Indian journal of veterinary science and animal husbandry - Volume 1,
Year: 1931
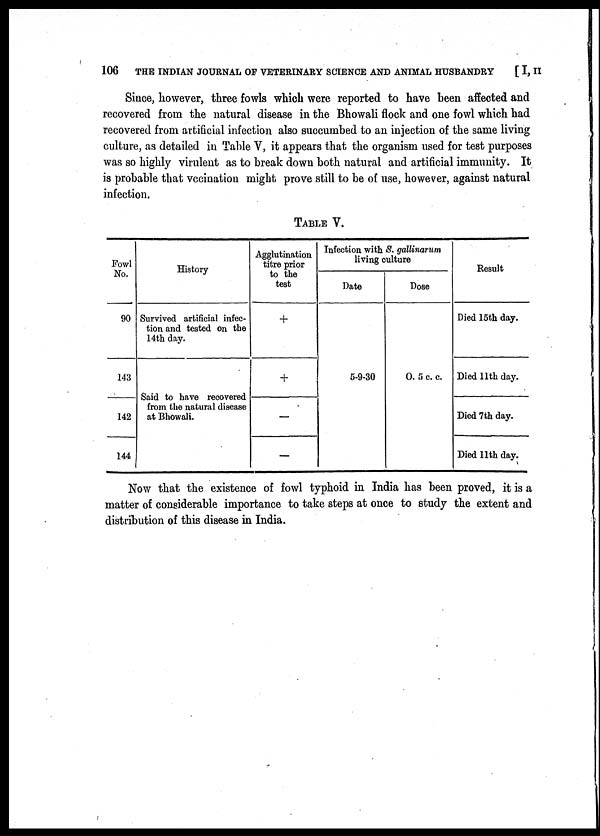
106
THE INDIAN JOURNAL OF VETERINARY SCIENCE AND ANIMAL HUSBANDRY
[ I, II
Since, however, three fowls which were reported to have been affected and
recovered from the natural disease in the Bhowali flock and one fowl which had
recovered from artificial infection also succumbed to an injection of the same living
culture, as detailed in Table V, it appears that the organism used for test purposes
was so highly virulent as to break down both natural and artificial immunity. It
is probable that vccination might prove still to be of use, however, against natural
infection.
TABLE V.
Fowl
No.
90
143
142
144
History
Survived artificial infec-
tion and tested on the
14th day.
Said to have recovered
from the natural disease
at Bhowali.
Agglutination
titre prior
to the
test
+
+
—
—
Infection with S. gallinarum
living culture
Date
5-9-30
Dose
0. 5 c. c.
Result
Died 15th day.
Died 11th day.
Died 7th day.
Died 11th day.
Now that the existence of fowl typhoid in India has been proved, it is a
matter of considerable importance to take steps at once to study the extent and
distribution of this disease in India.